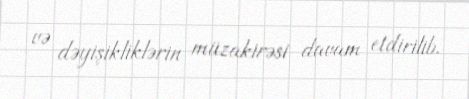
və dəyişikliklərin müzakirəsi davam etdirilib.